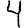
Digit: 4